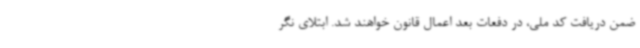
ضمن دریافت کد ملی، در دفعات بعد اعمال قانون خواهند شد. ابتلای نگر